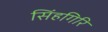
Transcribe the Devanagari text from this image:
सिंहगिरि